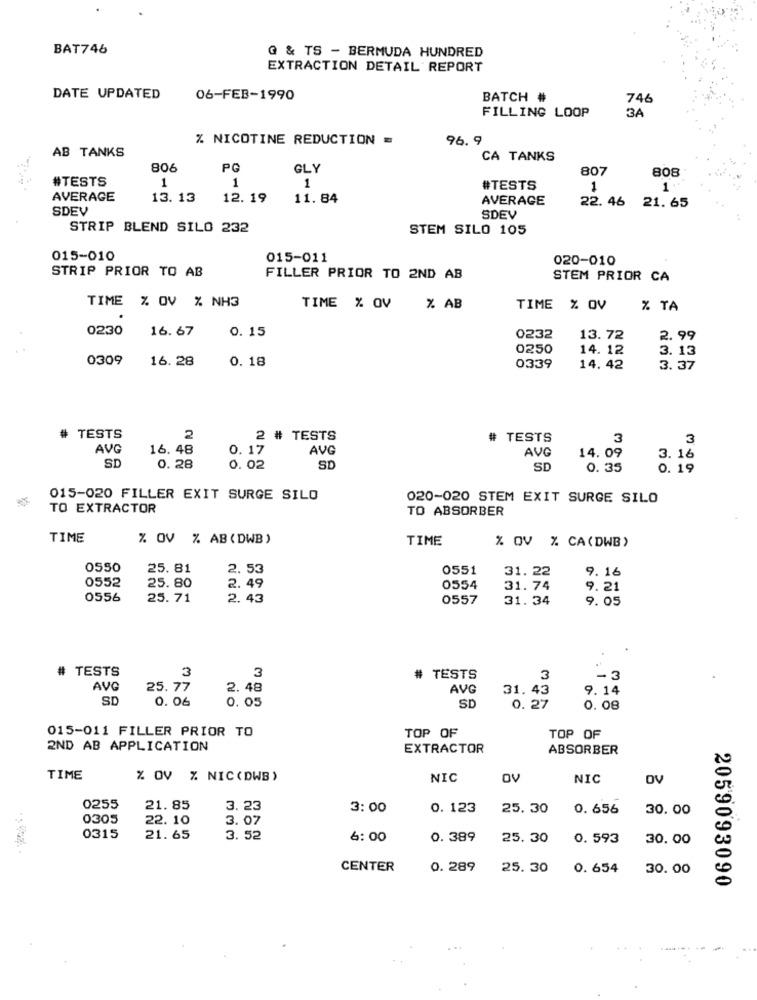
BAT746
G & TS - BERMUDA HUNDRED
EXTRACTION DETAIL REPORT
DATE UPDATED
06-FEB-1990
BATCH #
746
3A
FILLING LOOP
% NICOTINE REDUCTION =
96.9
AB TANKS
CA TANKS
806
PG
GLY
807
808
#TESTS
1
1
1
#TESTS
1
1
AVERAGE
13. 13
12. 19
11.84
AVERAGE
22. 46 21.65
SDEV
SDEV
STRIP BLEND SILO 232
STEM SILO 105
015-010
015-011
020-010
STRIP PRIOR TO AB
FILLER PRIOR TO 2ND AB
STEM PRIOR CA
TIME % OV % NH3
TIME % OV
% AB
TIME % OV
% TA
0230
16.67
0.15
0232
13.72
2.99
0250
14. 12
3. 13
0309
16.28
0. 18
0339
14. 42
3.37
# TESTS
2
2 # TESTS
TESTS
3
3
AVG
16. 48
0. 17
AVG
AVG
14.09
3. 16
SD
0. 28
0.02
SD
SD
0. 35
0. 19
015-020 FILLER EXIT SURGE SILO
020-020 STEM EXIT SURGE SILO
TO EXTRACTOR
TO ABSORBER
TIME
% OV % AB (DWB)
TIME
% OV % CA(DWB)
0550
25.81
2.53
0551
31. 22
9. 16
0552
25.80
2.49
0554
31. 74
9.21
0556
25.71
2.43
0557
31. 34
9.05
TESTS
3
3
# TESTS
3
-3
AVG
25. 77
2.48
AVG
31. 43
9.14
SD
0.06
0. 05
SD
0. 27
0. 08
015-011 FILLER PRIOR TO
TOP OF
TOP OF
2ND AB APPLICATION
EXTRACTOR
ABSORBER
TIME
% OV % NIC(DWB)
NIC
OV
NIC
OV
0255
21.85
3. 23
3: 00
0. 123
25.30
0. 656
30.00
0305
22.10
3.07
0315
21. 65
3.52
6:00
0. 389
25.30
0. 593
30.00
CENTER
0. 289
25.30
0. 654
30.00
2059093090